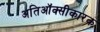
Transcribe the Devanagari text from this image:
अतिऑक्सीकारक